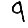
Digit: 9